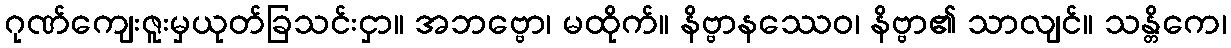
ဂုဏ်ကျေးဇူးမှယုတ်ခြသင်းငှာ။ အဘဗ္ဗော၊ မထိုက်။ နိဗ္ဗာနဿေဝ၊ နိဗ္ဗာ၏ သာလျင်။ သန္တိကေ၊